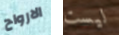
الارواح ليست